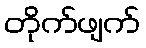
တိုက်ဖျက်